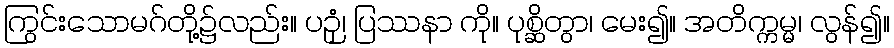
ကြွင်းသောမဂ်တို့၌လည်း။ ပဉှံ၊ ပြဿနာ ကို။ ပုစ္ဆိတွာ၊ မေး၍။ အတိက္ကမ္မ၊ လွန်၍။